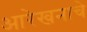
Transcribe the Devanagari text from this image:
आरेखनाचे